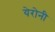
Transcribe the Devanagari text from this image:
येरोनी